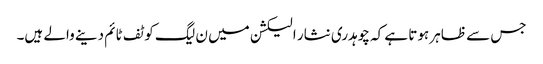
جس سے ظاہر ہوتا ہے کہ چوہدری نثار الیکشن میں ن لیگ کو ٹف ٹائم دینے والے ہیں۔